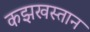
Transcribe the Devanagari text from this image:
कझखस्तान